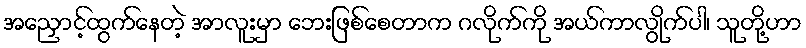
အညှောင့်ထွက်နေတဲ့ အာလူးမှာ ဘေးဖြစ်စေတာက ဂလိုက်ကို အယ်ကာလွိုက်ပါ၊ သူတို့ဟာ